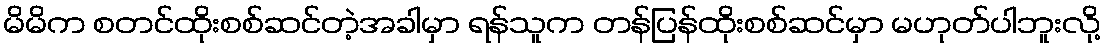
မိမိက စတင်ထိုးစစ်ဆင်တဲ့အခါမှာ ရန်သူက တန်ပြန်ထိုးစစ်ဆင်မှာ မဟုတ်ပါဘူးလို့